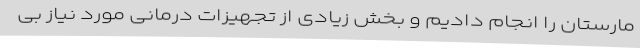
مارستان را انجام دادیم و بخش زیادی از تجهیزات درمانی مورد نیاز بی